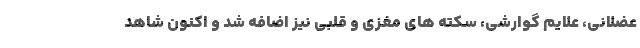
عضلانی، علایم گوارشی، سکته های مغزی و قلبی نیز اضافه شد و اکنون شاهد